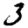
Digit: 3